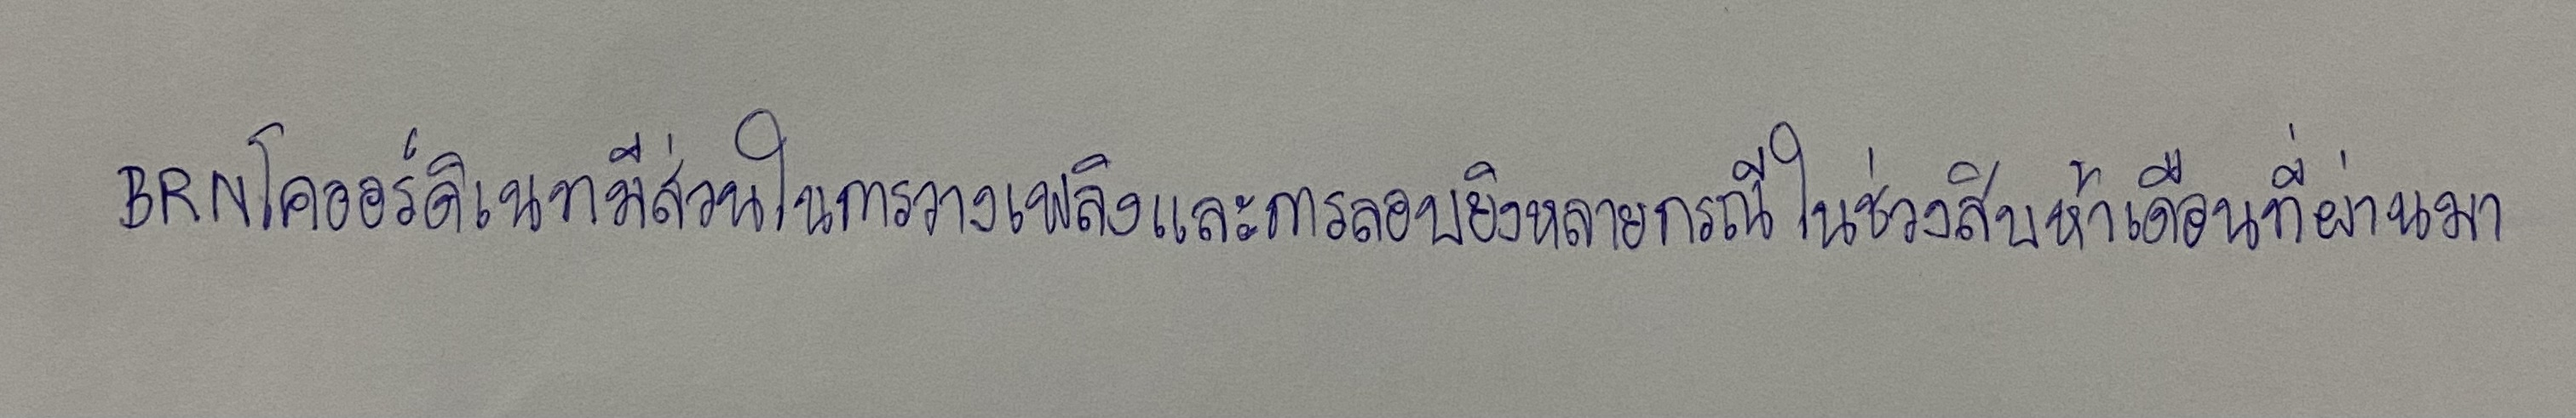
BRNโคออร์ดิเนทมีส่วนในการวางเพลิงและการลอบยิงหลายกรณีในช่วงสิบห้าเดือนที่ผ่านมา